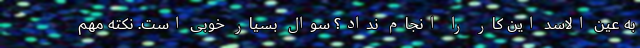
به عین الاسد این کار را انجام نداد؟ سوال بسیار خوبی است. نکته مهم